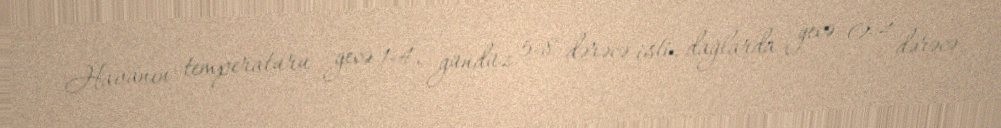
Havanın temperaturu gecə 1-4, gündüz 5-8 dərəcə isti, dağlarda gecə 0-4 dərəcə